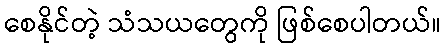
စေနိုင်တဲ့ သံသယတွေကို ဖြစ်စေပါတယ်။